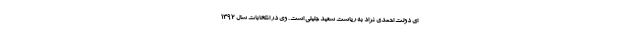
ای دولت احمدی نژاد به ریاست سعید جلیلی است . وی در انتخابات سال ۱۳۹۲